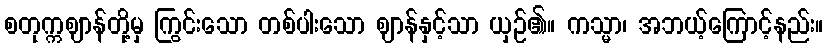
စတုက္ကဈာန်တို့မှ ကြွင်းသော တစ်ပါးသော ဈာန်နှင့်သာ ယှဉ်၏။ ကသ္မာ၊ အဘယ့်ကြောင့်နည်း။